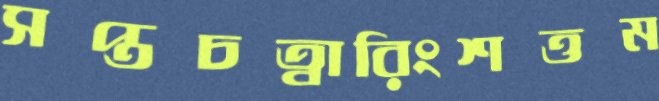
সপ্তচত্বারিংশত্তম